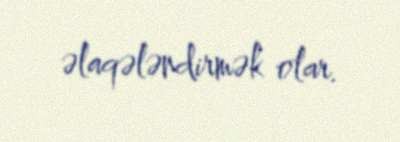
əlaqələndirmək olar.